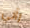
رآني